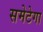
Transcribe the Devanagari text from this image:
समेटेगा